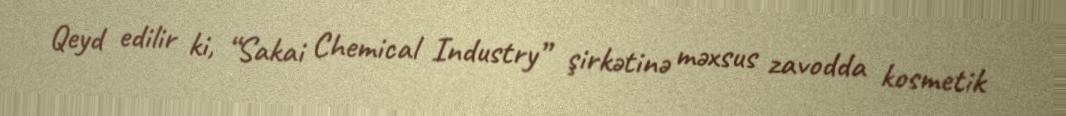
Qeyd edilir ki, “Sakai Chemical Industry” şirkətinə məxsus zavodda kosmetik